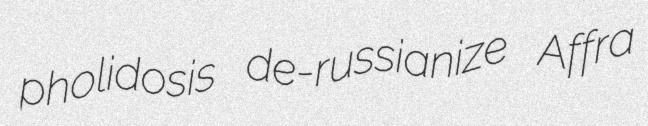
pholidosis de-russianize Affra